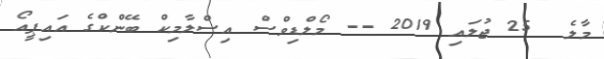
މާލެ  25 ޖުލައި 2019 -- މޯލްޑިވްސް އިސްލާމިކް ބޭންކްގެ އައިޕީއޯ